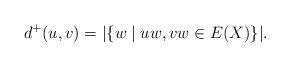
LaTeX: \begin{align*}d^+(u,v) = |\{w \mid uw, vw \in E(X)\}|.\end{align*}